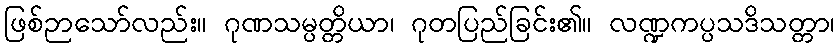
ဖြစ်ဉာသော်လည်း။ ဂုဏသမ္ပတ္တိယာ၊ ဂုတပြည်ခြင်း၏။ လဏ္ဍကပ္ပသဒိသတ္တာ၊